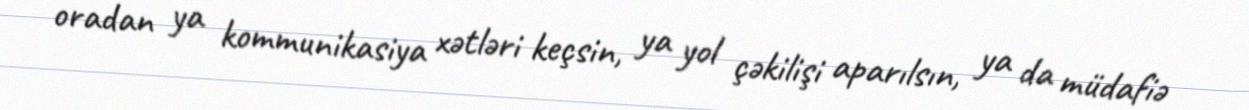
oradan ya kommunikasiya xətləri keçsin, ya yol çəkilişi aparılsın, ya da müdafiə